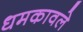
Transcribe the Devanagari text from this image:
धमकावले